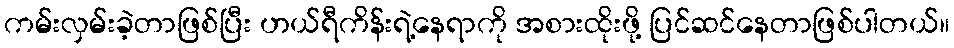
ကမ်းလှမ်းခဲ့တာဖြစ်ပြီး ဟယ်ရီကိန်းရဲ့နေရာကို အစားထိုးဖို့ ပြင်ဆင်နေတာဖြစ်ပါတယ်။